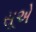
સૂએ